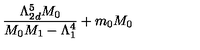
\frac { \Lambda _ { 2 d } ^ { 5 } M _ { 0 } } { M _ { 0 } M _ { 1 } - \Lambda _ { 1 } ^ { 4 } } + m _ { 0 } M _ { 0 }